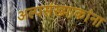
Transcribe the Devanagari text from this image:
अल्पसंख्याकांना